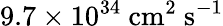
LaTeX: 9.7\times 10^{34}\ \textrm{cm}^{2}\ \textrm{s}^{-1}